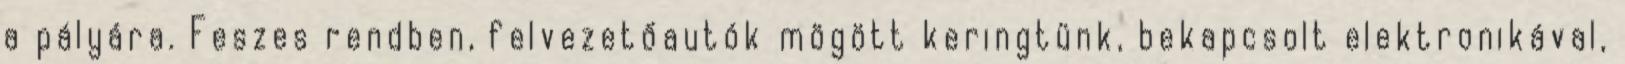
a pályára. Feszes rendben, felvezetőautók mögött keringtünk, bekapcsolt elektronikával,